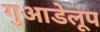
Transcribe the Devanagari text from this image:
गुआडेलूप